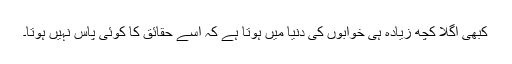
کبھی اگلا کچھ زیادہ ہی خوابوں کی دنیا میں ہوتا ہے کہ اسے حقائق کا کوئی پاس نہیں ہوتا۔